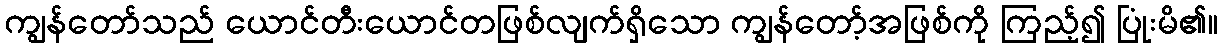
ကျွန်တော်သည် ယောင်တီးယောင်တဖြစ်လျက်ရှိသော ကျွန်တော့်အဖြစ်ကို ကြည့်၍ ပြုံးမိ၏။